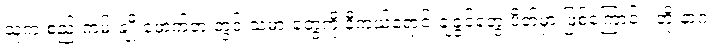
သူက စည်းကမ်းချိုးဖောက်တဲ့ တွင်းသမားတွေကို နီကယ်ရောင်းချခွင့်တွေ ပိတ်မှာ ဖြစ်ကြောင်း၊ ဘိုးနာဂ